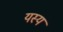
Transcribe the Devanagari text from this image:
यस्‍य